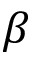
\beta